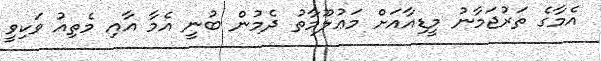
އެމާގެ ތަރުޖަމާނު މީޑިއާއަށް މަޢުލޫމާތު ދެމުން ބުނީ އެމާ އާއި މެތިއު ވަކިވީ